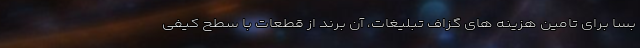
بسا برای تامین هزینه های گزاف تبلیغات، آن برند از قطعات با سطح کیفی